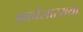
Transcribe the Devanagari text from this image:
काचेसारख्या